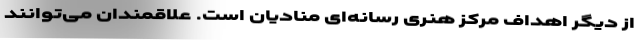
از دیگر اهداف مرکز هنری رسانه‌ای منادیان است. علاقمندان می‌توانند